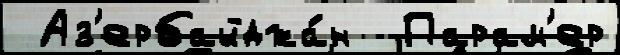
 Аз'ербайджа́н  Парам'ер